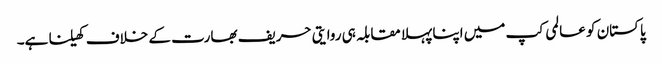
پاکستان کو عالمی کپ میں اپنا پہلا مقابلہ ہی روایتی حریف بھارت کے خلاف کھیلنا ہے۔